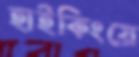
হাইকিংয়ে